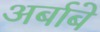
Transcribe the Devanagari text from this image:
अर्बाबे